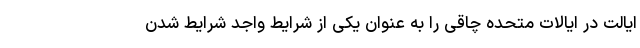
ایالت در ایالات متحده چاقی را به عنوان یکی از شرایط واجد شرایط شدن